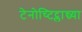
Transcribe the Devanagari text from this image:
टेनोच्टिट्लान्च्या